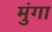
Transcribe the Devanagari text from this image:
मुंगा